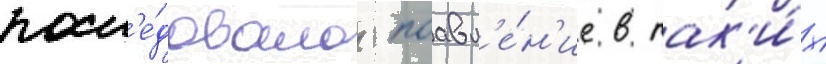
посл'е́довало поавл'е́н'ие в так'и́х